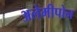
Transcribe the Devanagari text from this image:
अलेमीपोन